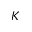
K